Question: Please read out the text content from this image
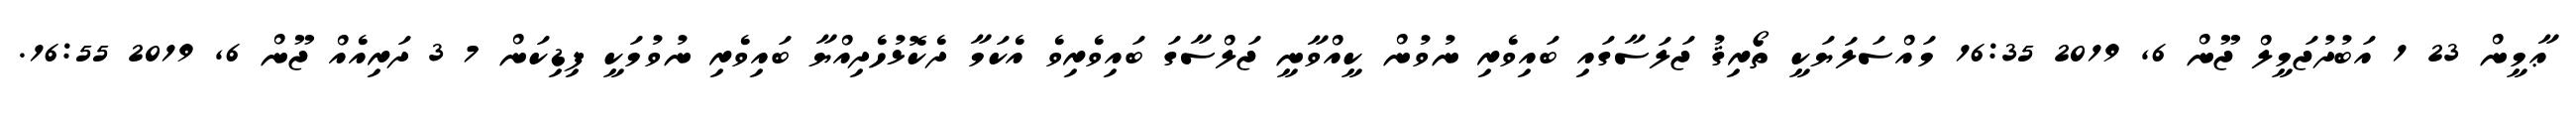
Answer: ޢާމީން 23 1 އަބުދުޖަމީލް ޖޫން 6, 2019 16:35 މައްސަލަޔަކީ ތޯރިޤު ޖަލަސާގައި ބައިވެރި ނުވުން ކީއްވާނީ ޖަލްސާގަ ބައިވެރިވެ އެކަމާ ދެކޮޅުހެދިއްޔާ ބައިވެރި ނުވުމަކީ ފިޑިކަން 7 3 ދަރިއެއް ޖޫން 6, 2019 16:55.